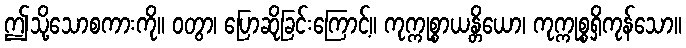
ဤသို့သောစကားကို။ ဝတွာ၊ ပြောဆိုခြင်းကြောင့်။ ကုက္ကုစ္စာယန္တိယော၊ ကုက္ကုစ္စရှိကုန်သော။